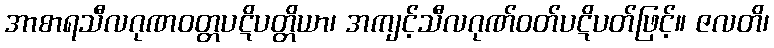
အာစာရသီလဂုဏဝတ္တပဋိပတ္တိယာ၊ အကျင့်သီလဂုဏ်ဝတ်ပဋိပတ်ဖြင့်။ ဇလတိ၊